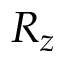
R _ { z }